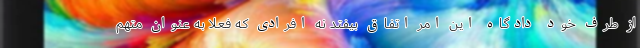
از طرف خود دادگاه این امر اتفاق بیفتد نه افرادی که فعلا به عنوان متهم